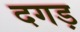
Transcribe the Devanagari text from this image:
दगड़